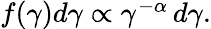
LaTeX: \begin{array}{r}{f(\gamma)d\gamma\propto\gamma^{-\alpha}\, d\gamma.}\end{array}